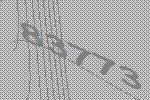
83773